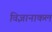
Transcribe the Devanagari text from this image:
विज्ञानाकल